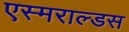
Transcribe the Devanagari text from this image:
एस्मराल्डस